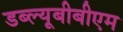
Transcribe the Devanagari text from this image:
डब्ल्यूबीबीएम